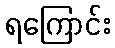
ရကြောင်း